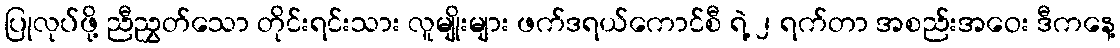
ပြုလုပ်ဖို့ ညီညွှတ်သော တိုင်းရင်းသား လူမျိုးများ ဖက်ဒရယ်ကောင်စီ ရဲ့ ၂ ရက်တာ အစည်းအဝေး ဒီကနေ့